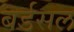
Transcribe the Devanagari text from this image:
बर्डसल